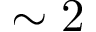
\sim 2